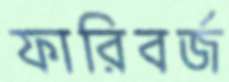
ফারিবর্জ